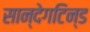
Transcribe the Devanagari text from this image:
सान्देगटिन्ड